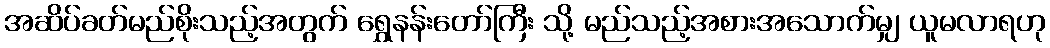
အဆိပ်ခတ်မည်စိုးသည့်အတွက် ရွှေနန်းတော်ကြီး သို့ မည်သည့်အစားအသောက်မျှ ယူမလာရဟု